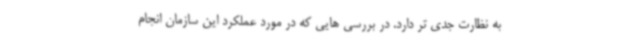
به نظارت جدی تر دارد. در بررسی هایی که در مورد عملکرد این سازمان انجام